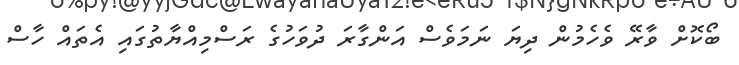
ބޯކޮށް ވާރޭ ވެހެމުން ދިޔަ ނަމަވެސް އަންގާރަ ދުވަހުގެ ރަސްމިއްޔާތުގައި އެތައް ހާސް